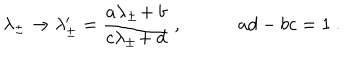
\lambda _ { \pm } \rightarrow \lambda _ { \pm } ^ { \prime } = { \frac { a \lambda _ { \pm } \! + b } { c \lambda _ { \pm } \! + d } } \ , a d - b c = 1 \ .